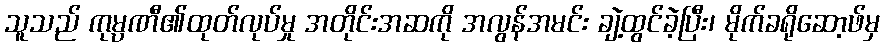
သူသည် ကုမ္ပဏီ၏ထုတ်လုပ်မှု အတိုင်းအဆကို အလွန်အမင်း ချဲ့ထွင်ခဲ့ပြီး၊ မိုက်ခရိုဆော့ဖ်မှ